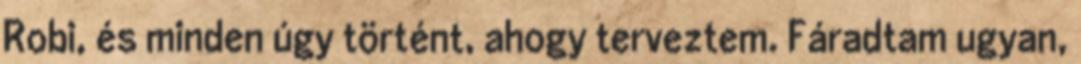
Robi, és minden úgy történt, ahogy terveztem. Fáradtam ugyan,